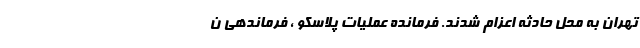
تهران به محل حادثه اعزام شدند. فرمانده عملیات پلاسکو ، فرماندهی ن